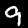
Label: 9